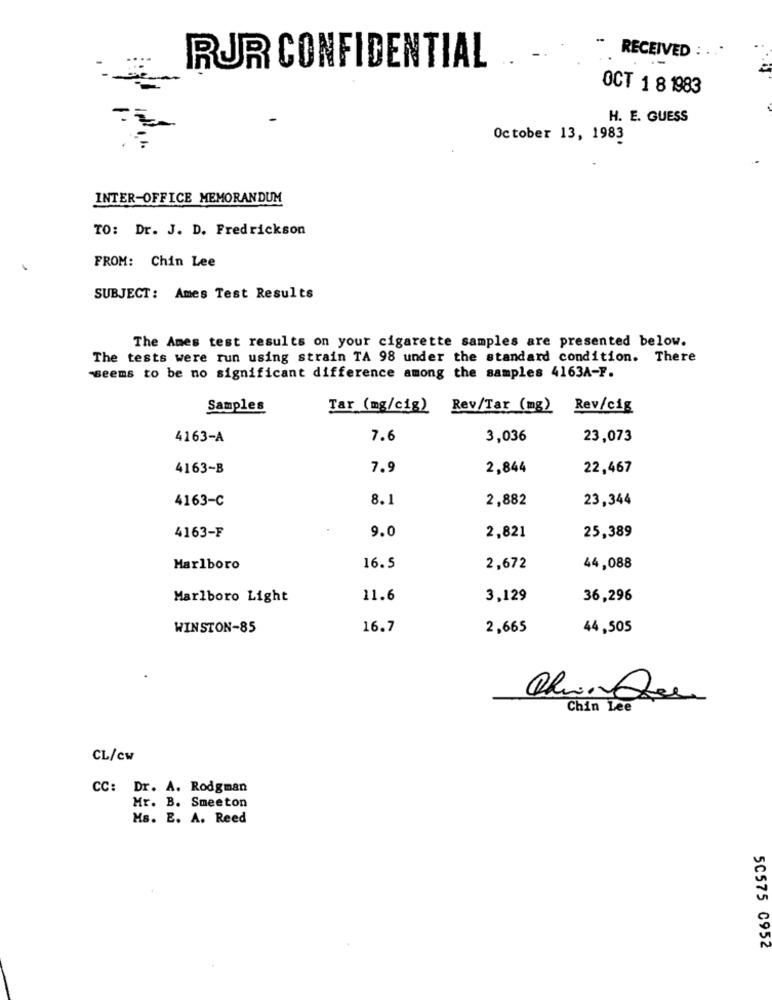
-
RECEIVED : . ..
RUR CONFIDENTIAL
OCT 1 8 1983
H. E. GUESS
October 13, 1983
INTER-OFFICE MEMORANDUM
TO: Dr. J. D. Fredrickson
FROM: Chin Lee
SUBJECT: Ames Test Results
The Ames test results on your cigarette samples are presented below.
The tests were run using strain TA 98 under the standard condition. There
seems to be no significant difference among the samples 4163A-F.
Samples
Tar (mg/cig) Rev/Tar (mg) Rev/cig
4163-A
7.6
3,036
23,073
4163-B
7.9
2,844
22,467
4163-C
8.1
2,882
23,344
9.0
4163-F
2,821
25,389
Marlboro
16.5
2,672
44,088
Marlboro Light
11.6
3,129
36,296
WINSTON-85
16.7
2,665
44,505
Chin Lee
CL/cw
CC: Dr. A. Rodgman
Mr. B. Smeeton
Ms. E. A. Reed
50575 0952